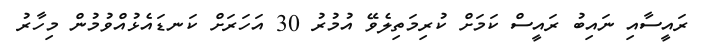
ރައީސާއި ނައިބު ރައީސް ކަމަށް ކުރިމަތިލެވޭ އުމުރު 30 އަހަރަށް ކަނޑައެޅުއްވުމުން މިހާރު